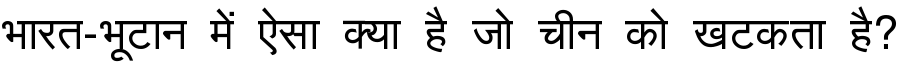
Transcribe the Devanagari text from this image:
भारत-भूटान में ऐसा क्या है जो चीन को खटकता है?